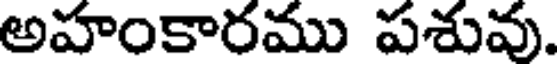
అహంకారము పశువు.